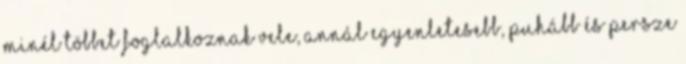
minél többet foglalkoznak vele, annál egyenletesebb, puhább és persze